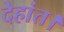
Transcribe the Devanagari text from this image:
देहांत।